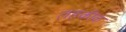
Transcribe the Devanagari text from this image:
तहकीक